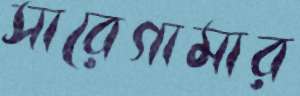
সারেগামার